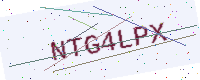
Text: NTG4LPX